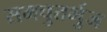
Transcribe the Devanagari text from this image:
समचुतर्भुज